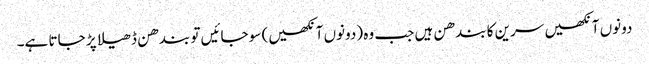
دونوں آنکھیں سرین کا بندھن ہیں جب وہ (دونوں آنکھیں) سو جائیں تو بندھن ڈھیلا پڑ جاتا ہے۔